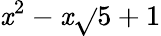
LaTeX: \mathit{x}^{2}-\mathit{x}\sqrt{}{{5}}+1